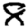
Digit: 8